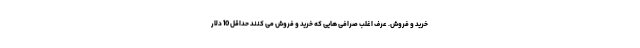
خرید و فروش. عرف اغلب صرافی هایی که خرید و فروش می کنند حداقل 10 دلار